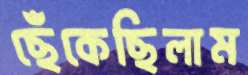
ছেঁকেছিলাম